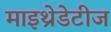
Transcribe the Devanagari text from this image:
माइथ्रेडेटीज